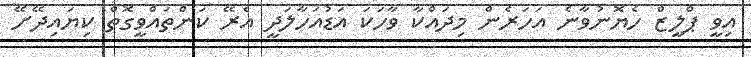
އިވީ ޕްލީޒް ހެޔޮނުވާނެ އަހަރެން މިދައްކާ ވާހަކަ އަޑުއަހާލަދީ އެރޭ ކަންތައްވީގޮތް ކިޔައިދޭށޭ